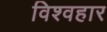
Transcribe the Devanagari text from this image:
विश्वहार